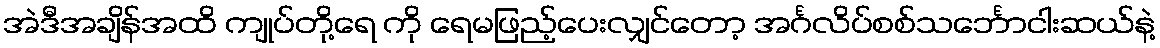
အဲဒီအချိန်အထိ ကျုပ်တို့ရေ ကို ရေမဖြည့်ပေးလျှင်တော့ အင်္ဂလိပ်စစ်သင်္ဘောငါးဆယ်နဲ့